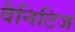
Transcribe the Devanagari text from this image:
वैनिटिज